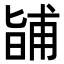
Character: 𭦰